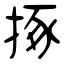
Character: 㧻